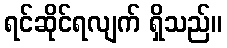
ရင်ဆိုင်ရလျက် ရှိသည်။